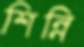
শিন্নি